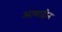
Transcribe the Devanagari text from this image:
आभाहीन